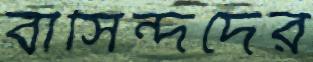
বাসিন্দদের